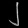
Digit: ၂